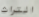
التراث